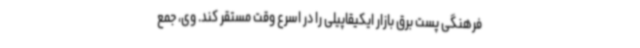
فرهنگی پست برق بازار ایکیقاپیلی را در اسرع وقت مستقر کند. وی، جمع